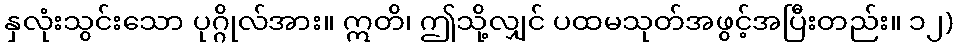
နှလုံးသွင်းသော ပုဂ္ဂိုလ်အား။ ဣတိ၊ ဤသို့လျှင် ပထမသုတ်အဖွင့်အပြီးတည်း။ ၁၂)